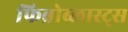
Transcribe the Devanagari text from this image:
फिब्रोब्लास्ट्स